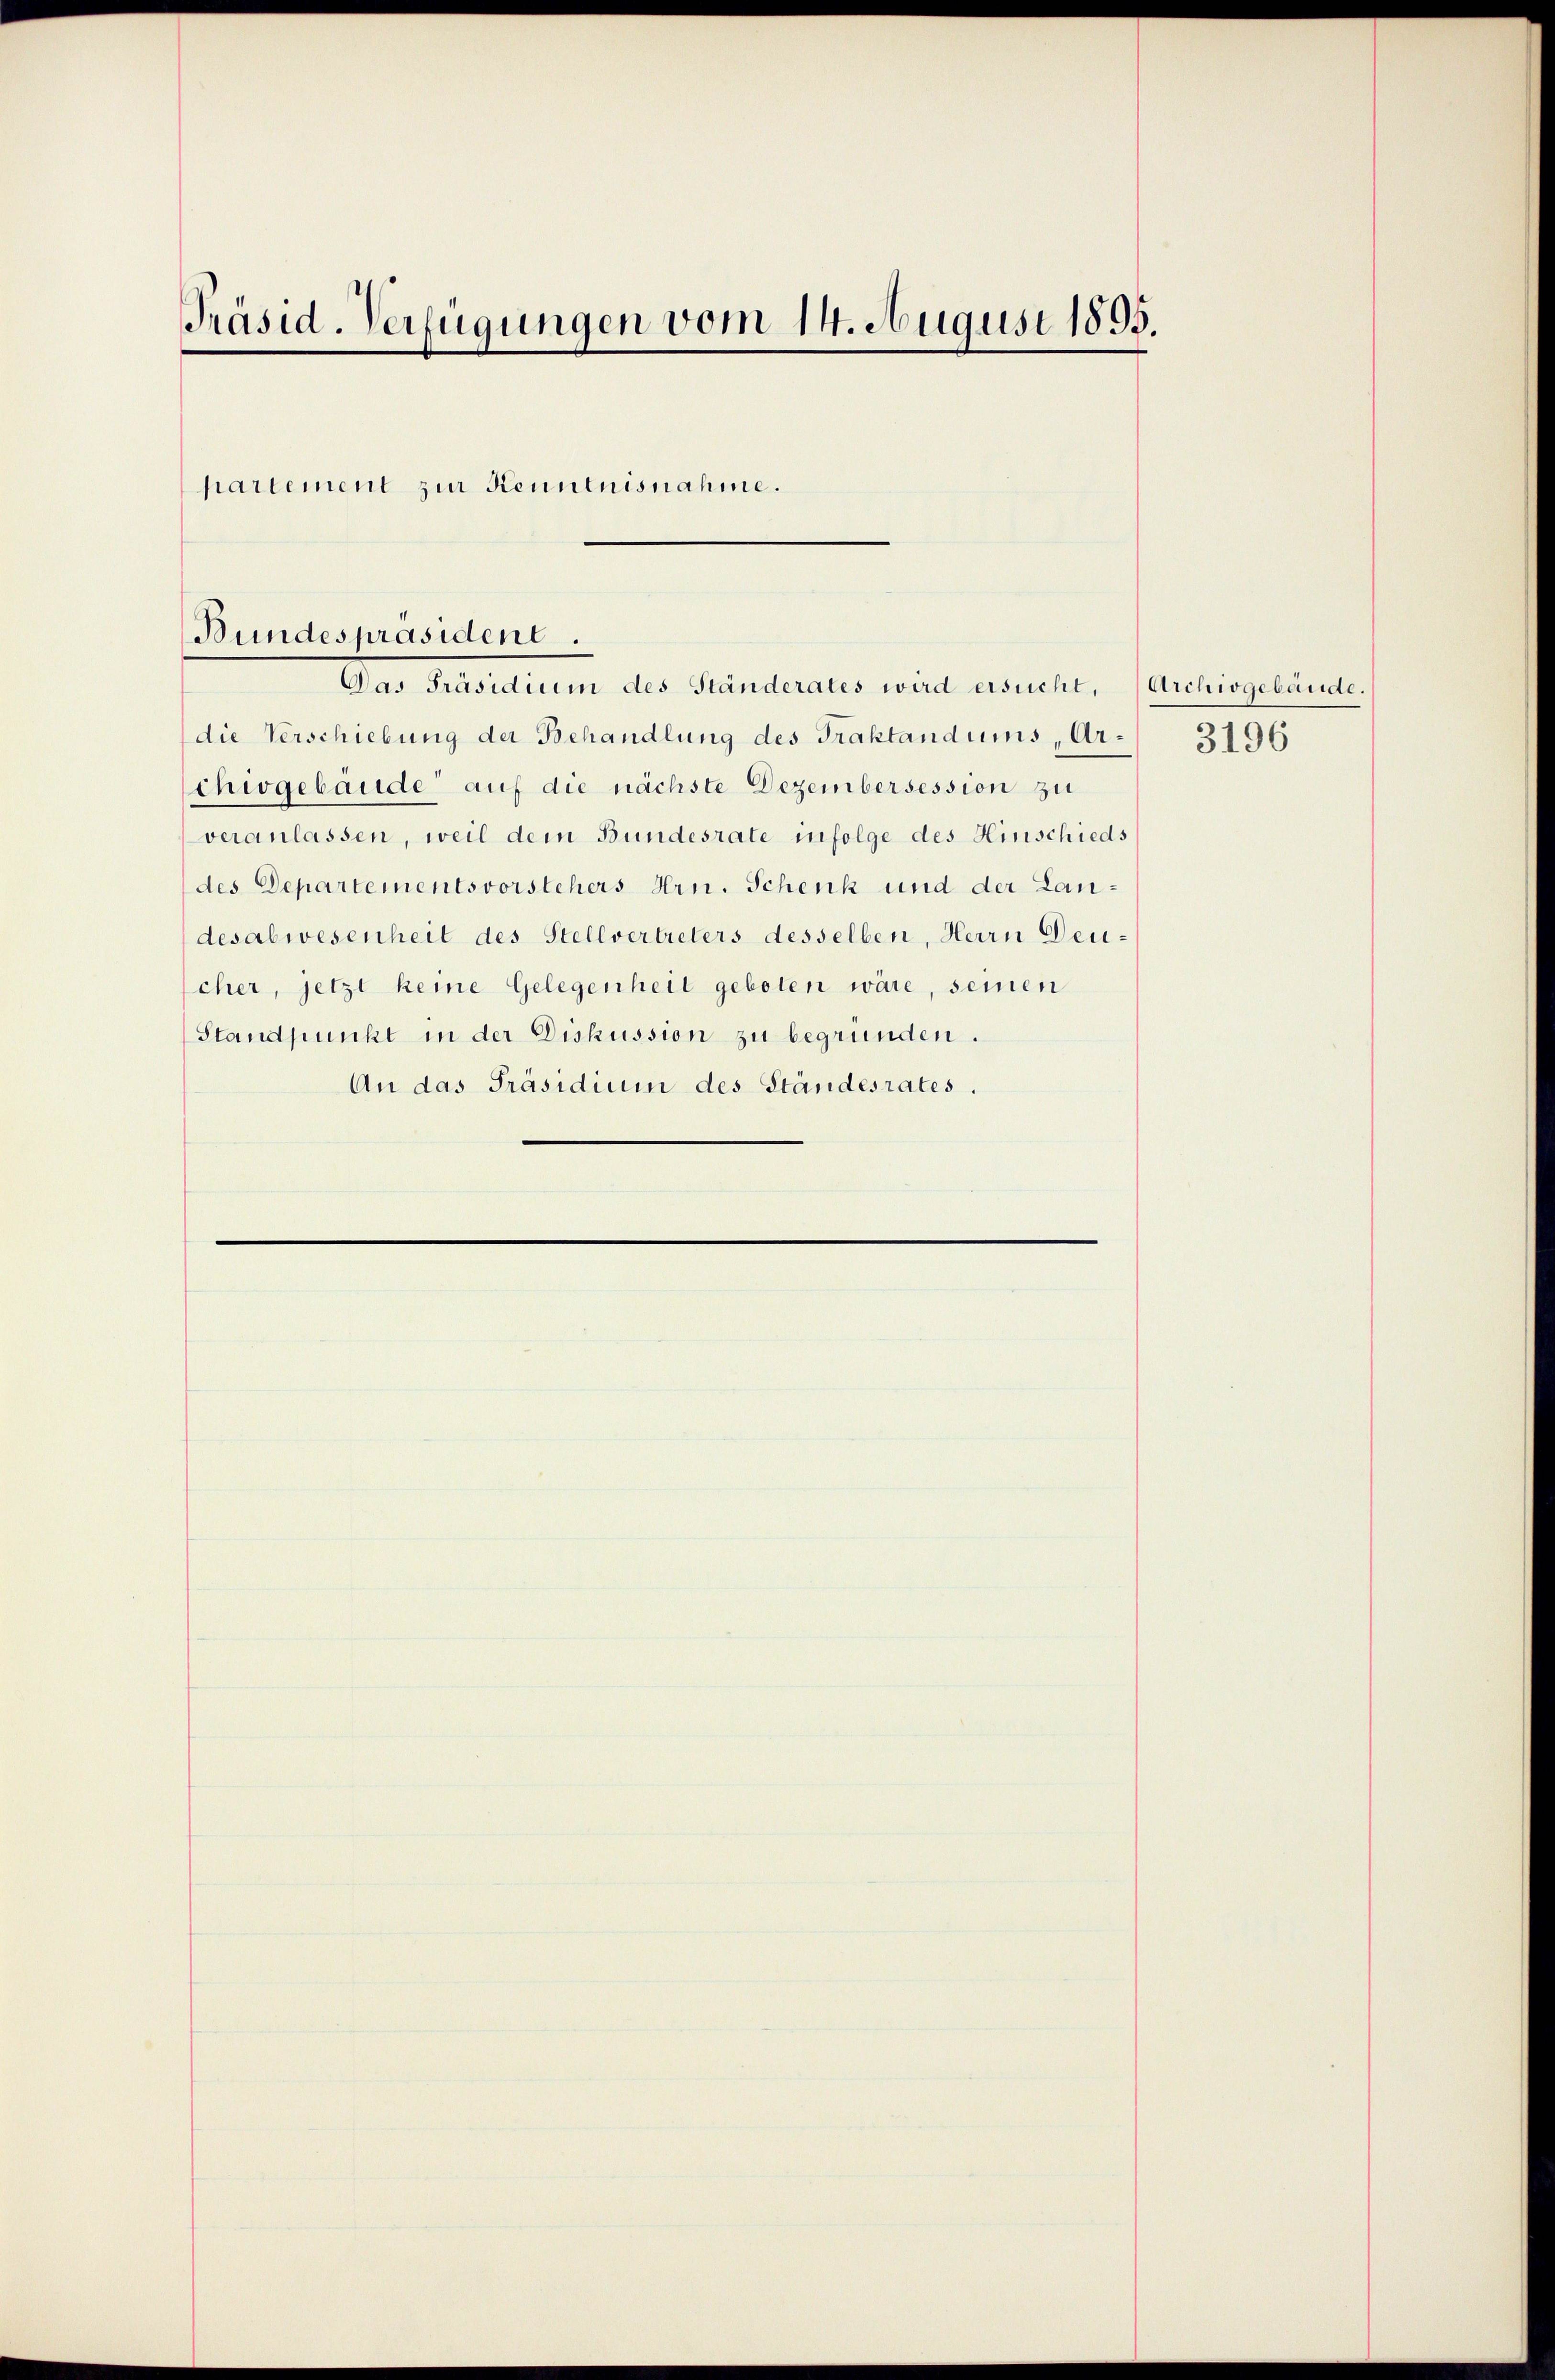
Präsid. Verfügungen vom 14. August 1895.
partement zur Kenntnisnahme.

Bundespräsident.

Das Präsidium des Ständerates wird ersucht,
die Verschiebung der Behandlung des Traktandums, Ar- 3196
chivgebäude auf die nächste Dezembersession zu
veranlassen, weil dem Bundesrate infolge des Hinschieds
des Departementsvorstehers Hrn. Schenk und der Landesabwesenheit des Stellvertreters desselben, Herrn Deucher, jetzt keine Gelegenheit geboten wäre, seinen
Standpunkt in der Diskussion zu begründen.
An das Präsidium des Standesrates.

Archivgebäude.